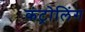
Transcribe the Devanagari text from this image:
कंट्रोलिंग